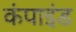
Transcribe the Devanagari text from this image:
कंपाइंड